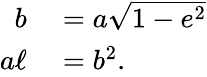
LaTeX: \begin{array}{rl}{b}&{{}=a{\sqrt{1-e^{2}}}\, \! }\\ {a\ell}&{{}=b^{2}.\, \! }\end{array}